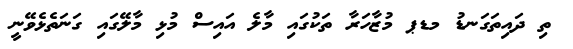
ތި ދައިތަގަނޑު މޑޕ މުޒާހަރާ ތަކުގައި މާލެ އައިސް މުޅި މާލޭގައި ގަނަތެޅެވޭނީ